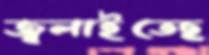
জ্বলাইতেছ